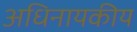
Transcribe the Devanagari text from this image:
अधिनायकीय